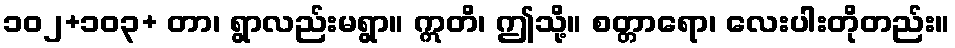
၁၀၂+၁၀၃+ တာ၊ ရွာလည်းမရွာ။ ဣတိ၊ ဤသို့။ စတ္တာရော၊ လေးပါးတိုတည်း။